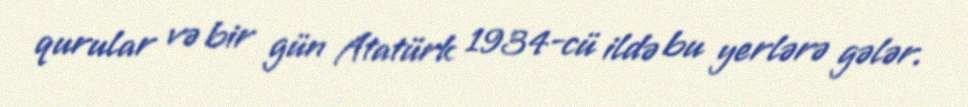
qurular və bir gün Atatürk 1934-cü ildə bu yerlərə gələr.